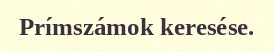
Prímszámok keresése.